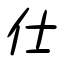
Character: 仕